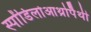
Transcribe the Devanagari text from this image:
स्पोंडिलोआर्थ्रोपैथी